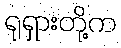
ရုရှားတို့က